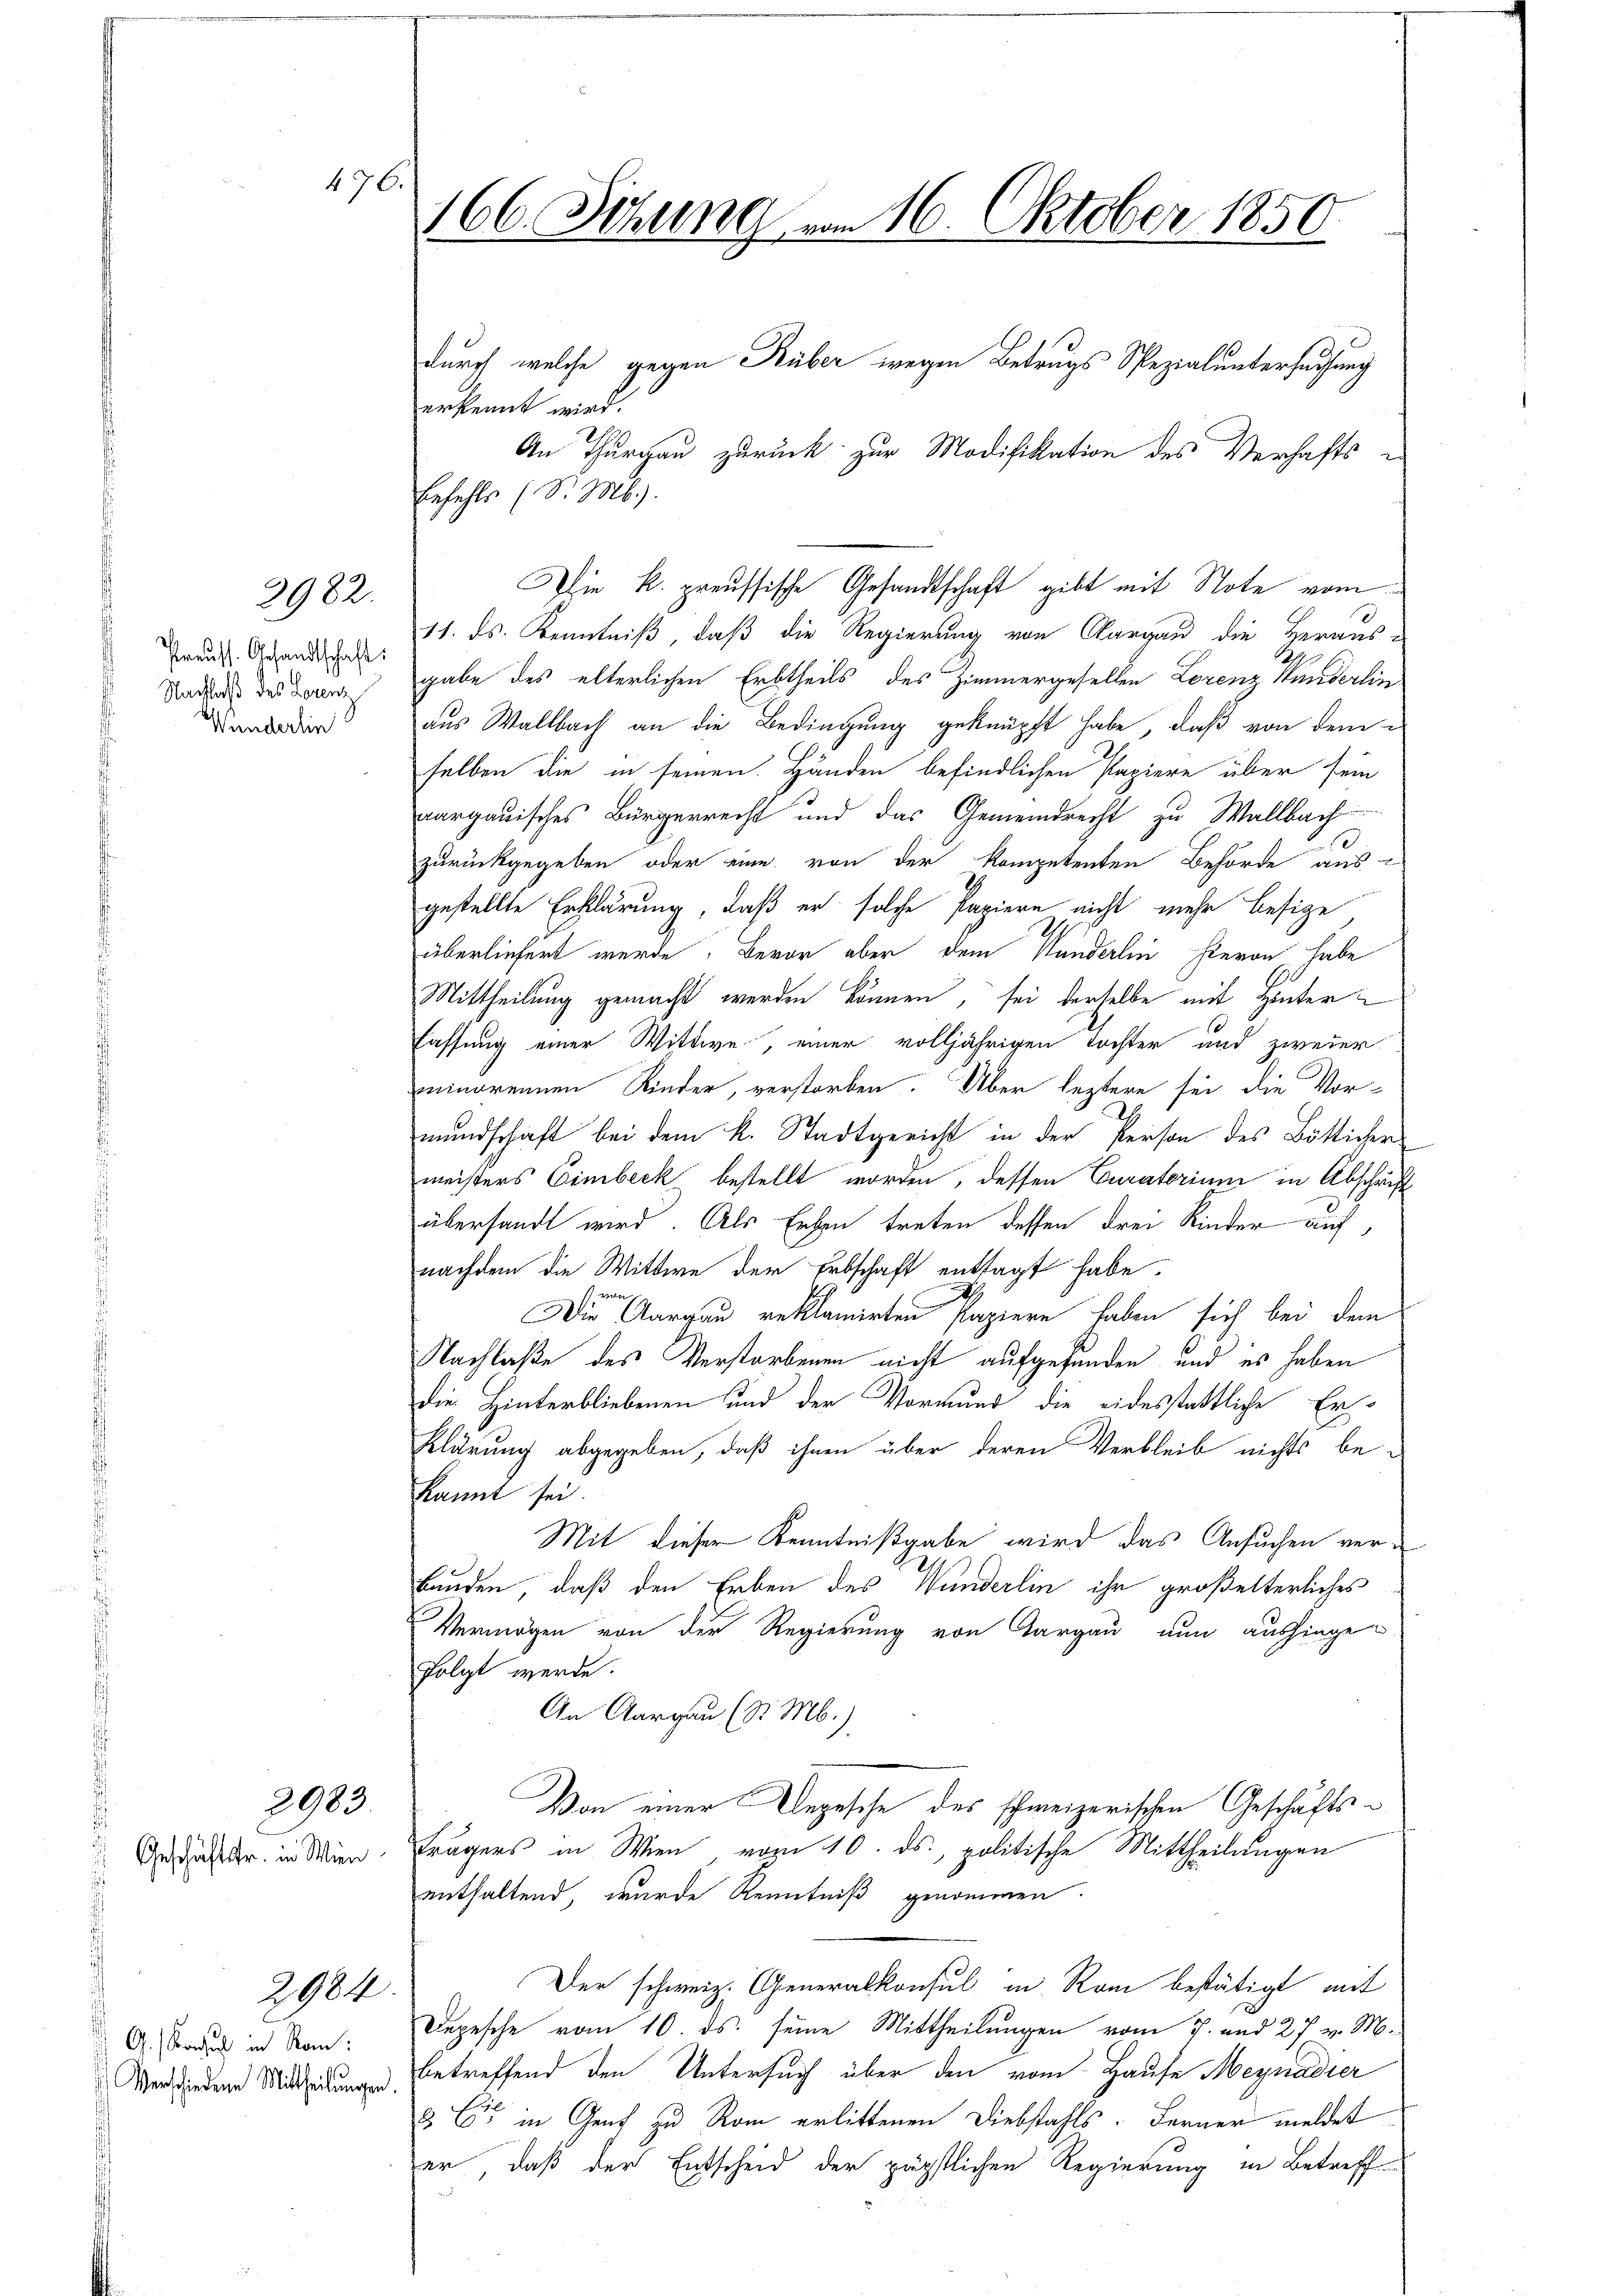
d

2982.

Preuss. Gesandtschaft:
Nachlaß des Lorenz
Wunderlin

2983

476.

2984.

G. Konsul in Rom.

166. Sitzung vom 16. Oktober 1850.

Die k. preussische Gesandtschaft gibt mit Note vom

durch welche gegen Rüber wegen Betrugs Spezialuntersuchung
erkennt wird.
An Thurgau zurück zur Modifikation des Verhafts e
Enfehls (S. M.).
11. ds. Kenntniß, daß die Regierung von Aargau die Heraus u
gabe des elterlichen Erbtheils des Zimmergesellen Lorenz Hunderlin
aus Wallbach an die Bedingung geknüpft habe, daß von dem
selben die in seinen Händen befindlichen Papiere über sein
aargauisches Bürgerrecht und das Gemeindrecht zu Wallbach
zurückgegeben oder eine von der kompetenten Behörde aus-
gestellte Erklärung, daß er solche Papiere nicht mehr besize
überliefert werde. Bevor aber dem Händerlin hievon habe
Mittheilung gemacht werden können, sei derselbe mit Hinter¬
Fassung einer Wittwe, einer volljährigen Tochter und zweier
minorennen Kinder, verstorben. Über leztere sei die Vor-
mundschaft bei dem k. Stadtgericht in der Person des Böttichers
meisters Eimbeck bestellt worden, dessen Curatorium in Abschrift
übersandt wird. Als Erben treten dessen drei Kinder auf
nachdem die Wittwe der Erbschaft entsagt habe.
n
Die Aargau reklamirten Papiere haben sich bei dem
Nachlaße des Verstorbenen nicht aufgefunden und es haben
die Hinterbliebenen und der Vormund die eidesstattliche Erklärung abgegeben, daß ihnen über deren Verbleib nichts be-
kannt sei.
Mit dieser Kenntnißgabe wird das Ansuchen ver¬
Bunden, daß den Erben des Wunderlin ihr großelterliches
Vermögen von der Regierung von Aargau nun aushinge-
folgt werde.
An Aargau (St. Mb.).
Von einer Depesche des schweizerischen Geschäfts¬
Gesänder in Wien, trägers in Wien vom 10. ds., politische Mittheilungen
enthaltend, wurde Kenntniß genommen.
Der schweiz. Generalkonsul in Rom bestätigt mit
Depesche vom 10. ds. seine Mittheilungen vom 7. und 27. v. M.
Versiedene Mittheilungen betreffend den Untersuch über den vom Hause Megnadier
  in Genf zu Rom erlittenen Diebstahls. Ferner meldet
er, daß der Entscheid der päpstlichen Regierung in Betreff